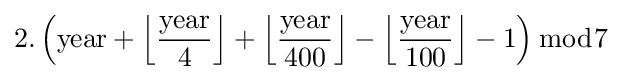
2.\left({\text{year}}+{\Big \lfloor }{\frac {\text{year}}{4}}{\Big \rfloor }+{\Big \lfloor }{\frac {\text{year}}{400}}{\Big \rfloor }-{\Big \lfloor }{\frac {\text{year}}{100}}{\Big \rfloor }-1\right){\bmod {7}}